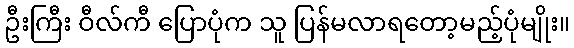
ဦးကြီး ဝီလ်ကီ ပြောပုံက သူ ပြန်မလာရတော့မည့်ပုံမျိုး။